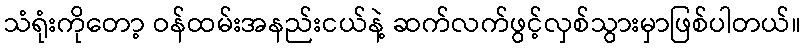
သံရုံးကိုတော့ ဝန်ထမ်းအနည်းငယ်နဲ့ ဆက်လက်ဖွင့်လှစ်သွားမှာဖြစ်ပါတယ်။